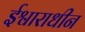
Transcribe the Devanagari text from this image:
ईश्वाराधीन